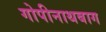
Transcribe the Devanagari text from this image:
गोपीनाथबाग